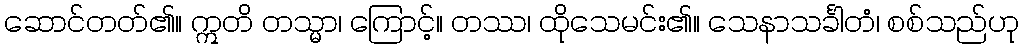
ဆောင်တတ်၏။ ဣတိ တသ္မာ၊ ကြောင့်။ တဿ၊ ထိုသေမင်း၏။ သေနာသင်္ခါတံ၊ စစ်သည်ဟု